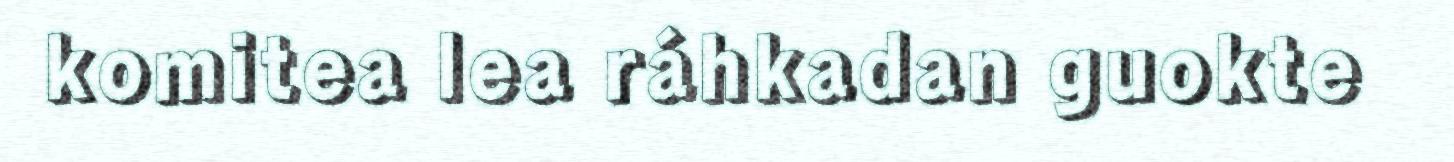
komitea lea ráhkadan guokte